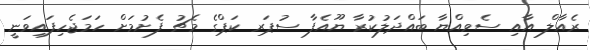
ރެއާލް އާއި ސެވިއްޔާ ބައްދަލުކުރާ ޔޫއެފާ ސުޕަރ ކަޕްގެ މެޗު ފެށުމަށް ހަމަޖެހިފައިވަނީ